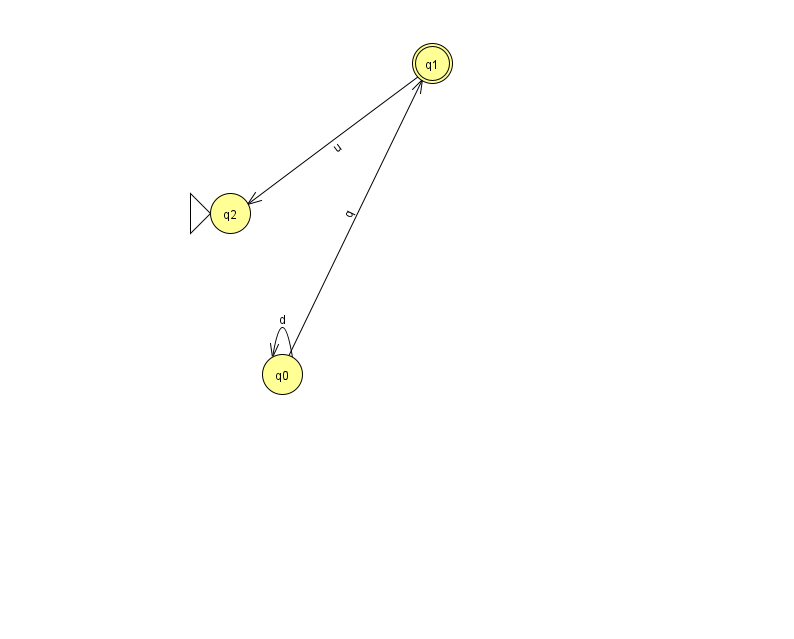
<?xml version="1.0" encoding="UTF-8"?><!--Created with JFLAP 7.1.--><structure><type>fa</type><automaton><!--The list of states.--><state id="0" name="q0"><x>282.0</x><y>361.0</y></state><state id="1" name="q1"><x>432.0</x><y>50.0</y><final/></state><state id="2" name="q2"><x>230.0</x><y>200.0</y><initial/></state><!--The list of transitions.--><transition><from>0</from><to>0</to><read>d</read></transition><transition><from>1</from><to>2</to><read>u</read></transition><transition><from>0</from><to>1</to><read>q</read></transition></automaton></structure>